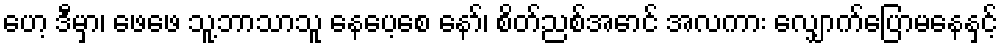
ဟေ့ ဒီမှာ၊ ဖေဖေ သူ့ဘာသာသူ နေပေ့စေ နော်၊ စိတ်ညစ်အောင် အလကား လျှောက်ပြောမနေနှင့်